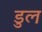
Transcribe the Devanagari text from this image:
डुल